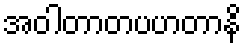
အဝါတာတပဟတာနိ